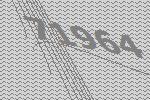
71964